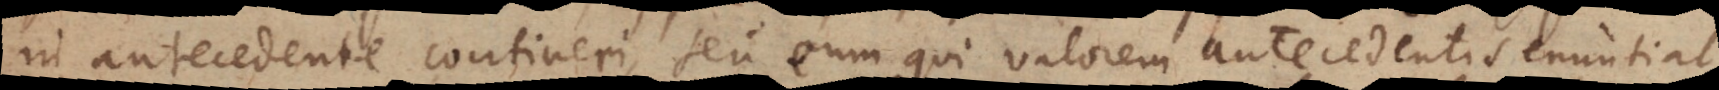
in antecedente contineri, seu eum qui valorem antecedentis enuntiat